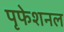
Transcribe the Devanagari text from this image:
पृफेशनल